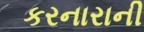
કરનારાની